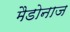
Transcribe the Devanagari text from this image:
मैडोनाज